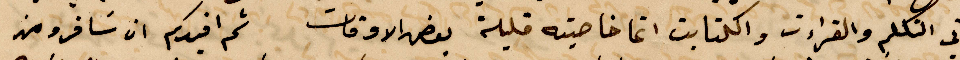
اني التكلم الوقراءات والكتابت انما خاصيته قليلة بعض الأوقات ثم اقيدكم ان تسافر ومن